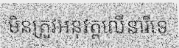
មិនត្រូវអនុវត្តលើនារីទេ